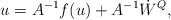
\begin{align*}u=A^{-1}f(u)+A^{-1}\dot{W}^Q,\end{align*}